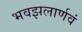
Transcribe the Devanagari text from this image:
भवझलार्णवं